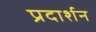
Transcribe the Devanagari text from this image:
प्रदार्शन